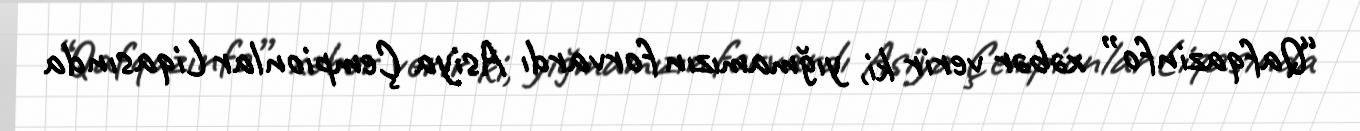
“Qafqazinfo” xəbər verir ki, yığmamızın forvardı Asiya Çempionlar Liqasında